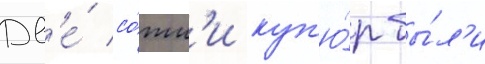
Дв'е́ со́тн'и куп'ю́р бы́л'и